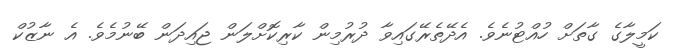
ކަމީލާގެ ގާތަށް ހުއްޓުނެވެ. އެދޭތެރޭގައިވާ ދުރުމިން ކާރިކޮށްލަން ޖައިދަން ބޭނުމެވެ. އެ ނާޒުކް